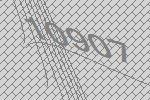
10907